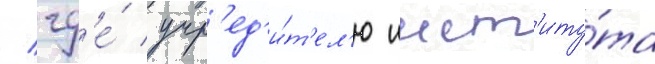
/ гд'е́ учр'ед'и́т'ел'ю инст'иту́та